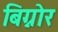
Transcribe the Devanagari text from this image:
बिग्नोर